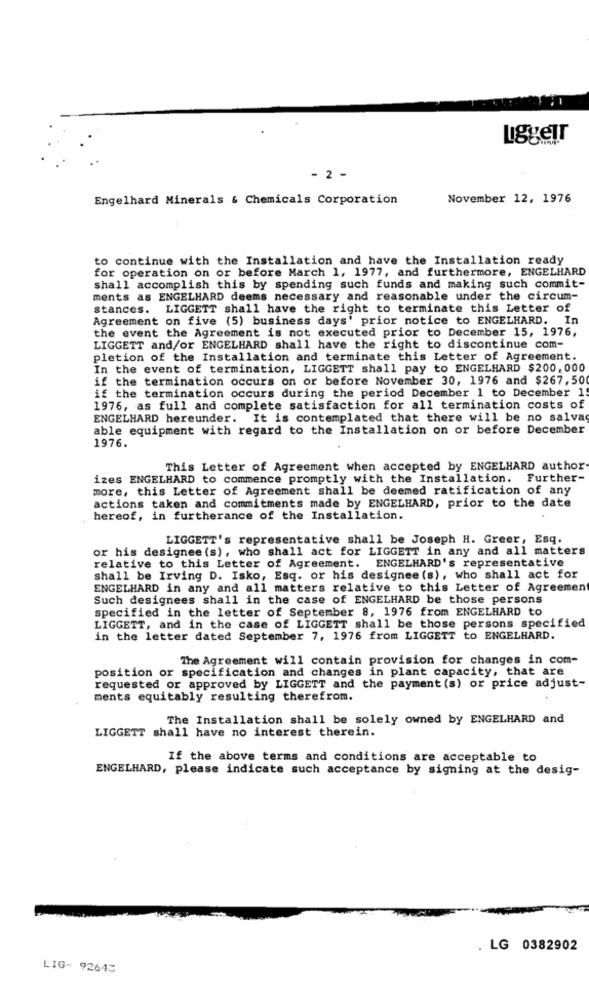
LiggeIT
- 2 -
Engelhard Minerals & Chemicals Corporation
November 12, 1976
to continue with the Installation and have the Installation ready
for operation on or before March 1, 1977, and furthermore, ENGELHARD
shall accomplish this by spending such funds and making such commit-
ments as ENGELHARD deems necessary and reasonable under the circum-
stances.
LIGGETT shall have the right to terminate this Letter of
Agreement on five (5) business days' prior notice to ENGELHARD. In
the event the Agreement is not executed prior to December 15, 1976,
LIGGETT and/or ENGELHARD shall have the right to discontinue com-
pletion of the Installation and terminate this Letter of Agreement.
In the event of termination, LIGGETT shall pay to ENGELHARD $200,000
if the termination occurs on or before November 30, 1976 and $267,50
if the termination occurs during the period December 1 to December 1
1976, as full and complete satisfaction for all termination costs of
ENGELHARD hereunder.
It is contemplated that there will be no salvas
able equipment with regard to the Installation on or before December
1976.
This Letter of Agreement when accepted by ENGELHARD author
izes ENGELHARD to commence promptly with the Installation. Further-
more, this Letter of Agreement shall be deemed ratification of any
actions taken and commitments made by ENGELHARD, prior to the date
hereof, in furtherance of the Installation.
LIGGETT's representative shall be Joseph H. Greer, Esq.
or his designee (s), who shall act for LIGGETT in any and all matters
relative to this Letter of Agreement. ENGELHARD's representative
shall be Irving D. Isko, Esq. or his designee (s), who shall act for
ENGELHARD in any and all matters relative to this Letter of Agreement
Such designees shall in the case of ENGELHARD be those persons
specified in the letter of September 8, 1976 from ENGELHARD to
LIGGETT, and in the case of LIGGETT shall be those persons specified
in the letter dated September 7, 1976 from LIGGETT to ENGELHARD.
The Agreement will contain provision for changes in com-
position or specification and changes in plant capacity, that are
requested or approved by LIGGETT and the payment (s) or price adjust-
ments equitably resulting therefrom.
The Installation shall be solely owned by ENGELHARD and
LIGGETT shall have no interest therein.
If the above terms and conditions are acceptable to
ENGELHARD, please indicate such acceptance by signing at the desig-
. LG 0382902
LIG- 92643